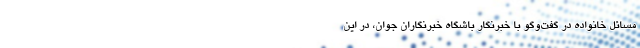
مسائل خانواده در گفت‌وگو با خبرنگار باشگاه خبرنگاران جوان، در این